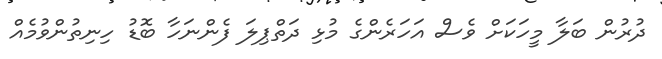
ދުރުން ބަލާ މީހަކަށް ވެސް އަހަރެންގެ މުޅި ދަތްޕިލަ ފެންނަހާ ބޮޑު ހިނިތުންވުމެއް